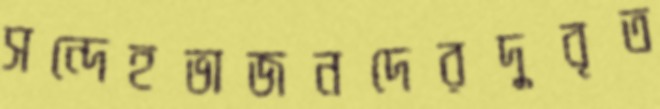
সন্দেহভাজনদেরদুবৃত